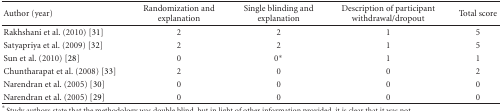
| Author (year) | Randomization and explanation | Single blinding and explanation | Description of participant withdrawal/dropout | Total score |
 | --- | --- | --- | --- | --- |
 | Rakhshani et al. (2010) [31] | 2 | 2 | 1 | 5 |
 | Satyapriya et al. (2009) [32] | 2 | 2 | 1 | 5 |
 | Sun et al. (2010) [28] | 0 | 0∗ | 1 | 1 |
 | Chuntharapat et al. (2008) [33] | 2 | 0 | 0 | 2 |
 | Narendran et al. (2005) [30] | 0 | 0 | 0 | 0 |
 | Narendran et al. (2005) [29] | 0 | 0 | 0 | 0 |